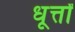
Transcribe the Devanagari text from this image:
धूर्त्तों